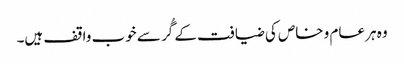
وہ ہر عام و خاص کی ضیافت کے گُر سے خوب واقف ہیں۔